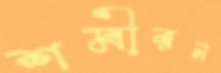
শমীরন